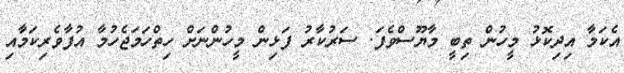
އެކަމާ އިދިކޮޅު މީހުން ތިބީ މާޔޫސްވެފަ. ސަރުކާރު ފަޅިން މީހުންނަށް ހިތްހަމަޖެހުމާ އުފާވެރިކަމާއި